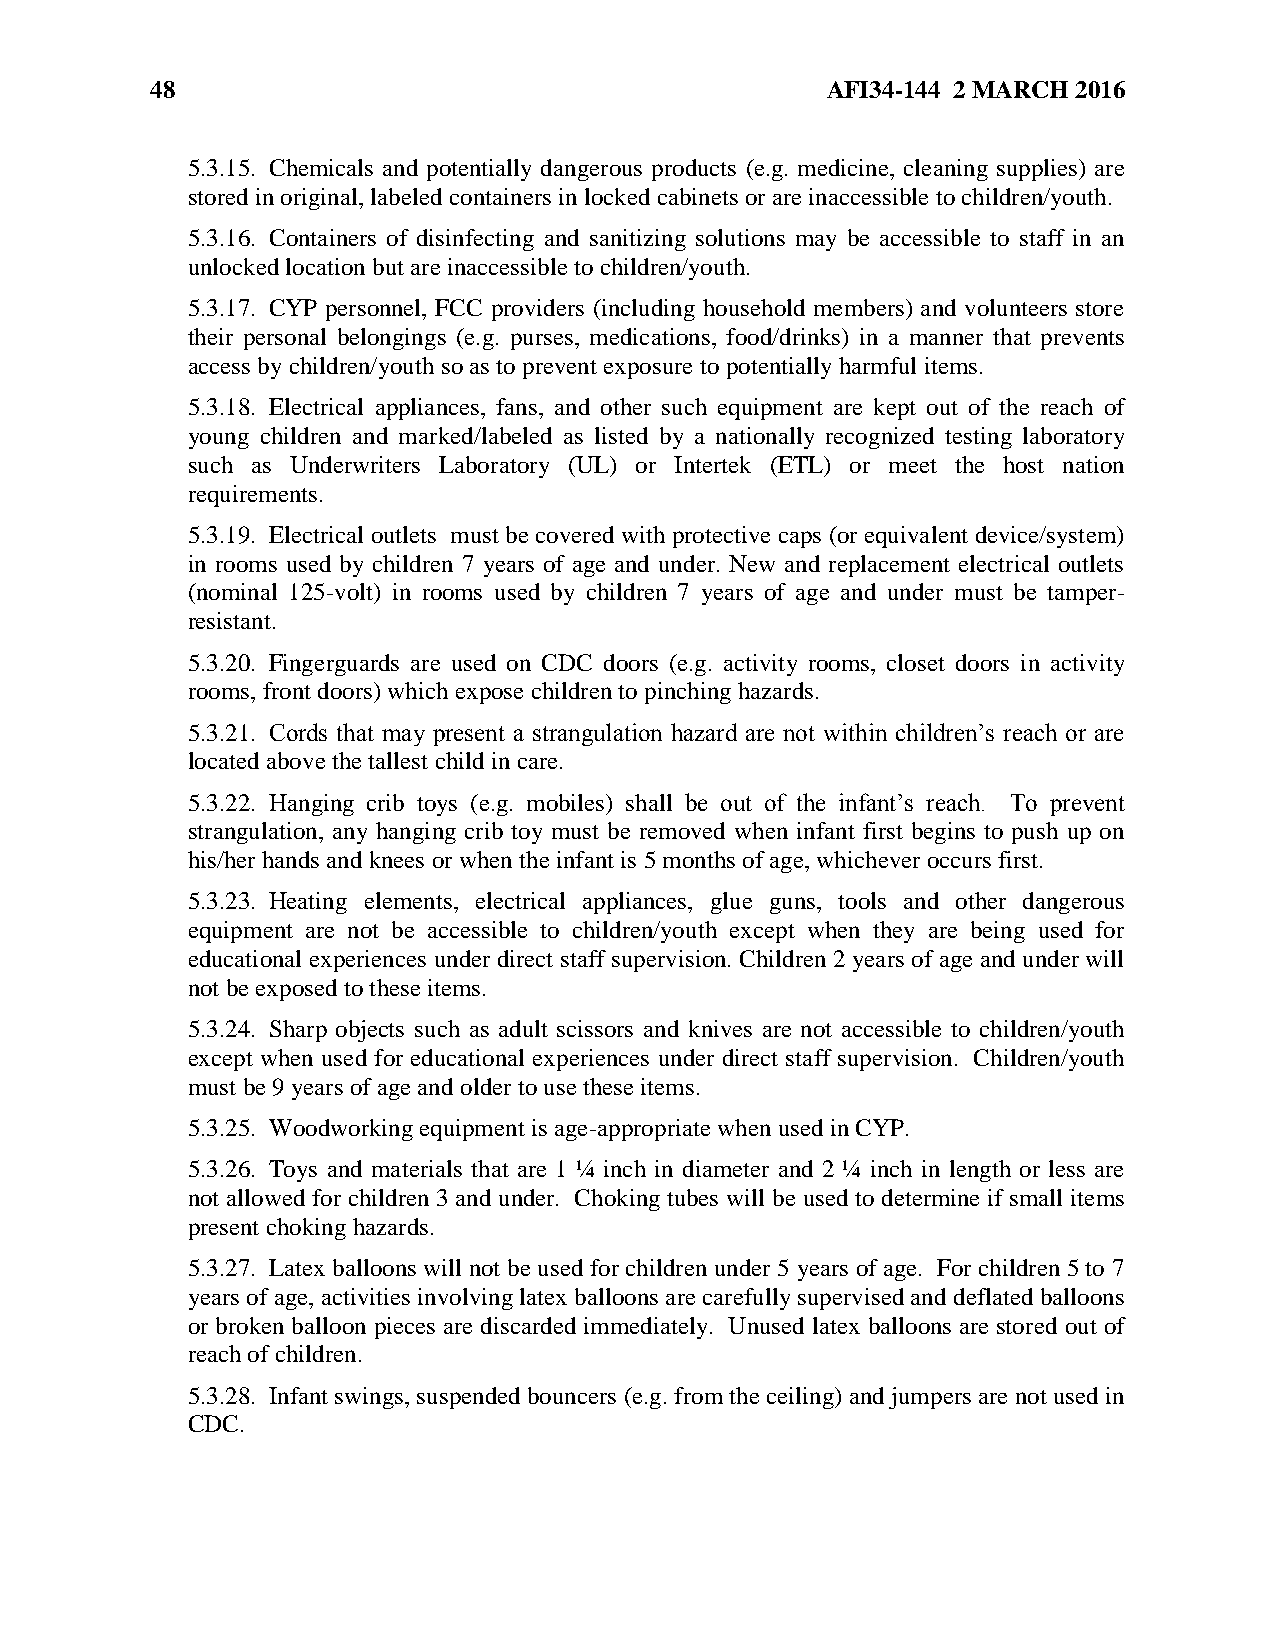
48                                           AFI34-144 2 MARCH 2016
 5.3.15. Chemicals and potentially dangerous products (e.g. medicine, cleaning supplies) are
 stored in original, labeled containers in locked cabinets or are inaccessible to children/youth.
 5.3.16. Containers of disinfecting and sanitizing solutions may be accessible to staff in an
 unlocked location but are inaccessible to children/youth.
 5.3.17. CYP personnel, FCC providers (including household members) and volunteers store
 their personal belongings (e.g. purses, medications, food/drinks) in a manner that prevents
 access by children/youth so as to prevent exposure to potentially harmful items.
 5.3.18. Electrical appliances, fans, and other such equipment are kept out of the reach of
 young children and marked/labeled as listed by a nationally recognized testing laboratory
 such as Underwriters Laboratory (UL) or Intertek (ETL) or meet the host nation
 requirements.
 5.3.19. Electrical outlets must be covered with protective caps (or equivalent device/system)
 in rooms used by children 7 years of age and under. New and replacement electrical outlets
 (nominal 125-volt) in rooms used by children 7 years of age and under must be tamper-
 resistant.
 5.3.20. Fingerguards are used on CDC doors (e.g. activity rooms, closet doors in activity
 rooms, front doors) which expose children to pinching hazards.
 5.3.21. Cords that may present a strangulation hazard are not within children’s reach or are
 located above the tallest child in care.
 5.3.22. Hanging crib toys (e.g. mobiles) shall be out of the infant’s reach. To prevent
 strangulation, any hanging crib toy must be removed when infant first begins to push up on
 his/her hands and knees or when the infant is 5 months of age, whichever occurs first.
 5.3.23. Heating elements, electrical appliances, glue guns, tools and other dangerous
 equipment are not be accessible to children/youth except when they are being used for
 educational experiences under direct staff supervision. Children 2 years of age and under will
 not be exposed to these items.
 5.3.24. Sharp objects such as adult scissors and knives are not accessible to children/youth
 except when used for educational experiences under direct staff supervision. Children/youth
 must be 9 years of age and older to use these items.
 5.3.25. Woodworking equipment is age-appropriate when used in CYP.
 5.3.26. Toys and materials that are 1 ¼ inch in diameter and 2 ¼ inch in length or less are
 not allowed for children 3 and under. Choking tubes will be used to determine if small items
 present choking hazards.
 5.3.27. Latex balloons will not be used for children under 5 years of age. For children 5 to 7
 years of age, activities involving latex balloons are carefully supervised and deflated balloons
 or broken balloon pieces are discarded immediately. Unused latex balloons are stored out of
 reach of children.
 5.3.28. Infant swings, suspended bouncers (e.g. from the ceiling) and jumpers are not used in
 CDC.